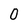
Character: O